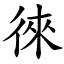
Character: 徠